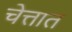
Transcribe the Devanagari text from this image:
चेत्तात